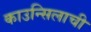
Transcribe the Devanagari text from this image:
काउन्सिलाची